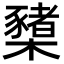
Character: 櫫